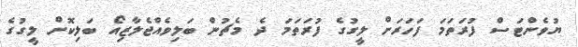
ޔުވެންޓަސް ފުރަތަމަ ފަހަރަށް ލީގުގެ ފުރަތަމަ ދެ މެޗުން ބަލިވެއްޖެލާޒިއޯ ބަލިކޮށް ލީގުގެ